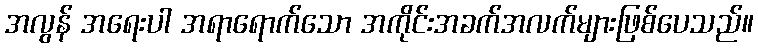
အလွန် အရေးပါ အရာရောက်သော အကိုင်းအခက်အလက်များဖြစ်ပေသည်။